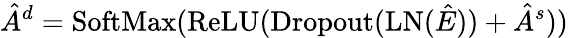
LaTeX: \hat{A}^{d}=\mathrm{SoftMax}(\mathrm{ReLU}(\operatorname{Dropout}(\mathrm{LN}(\hat{E}))+\hat{A}^{s}))